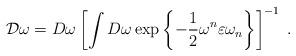
LaTeX: \begin{align*}{\cal D}\omega=D\omega\left[\int D\omega \exp\left\{-\frac{1}{2}\omega^{n}\varepsilon\omega_{n}\right\}\right]^{-1}\;.\end{align*}